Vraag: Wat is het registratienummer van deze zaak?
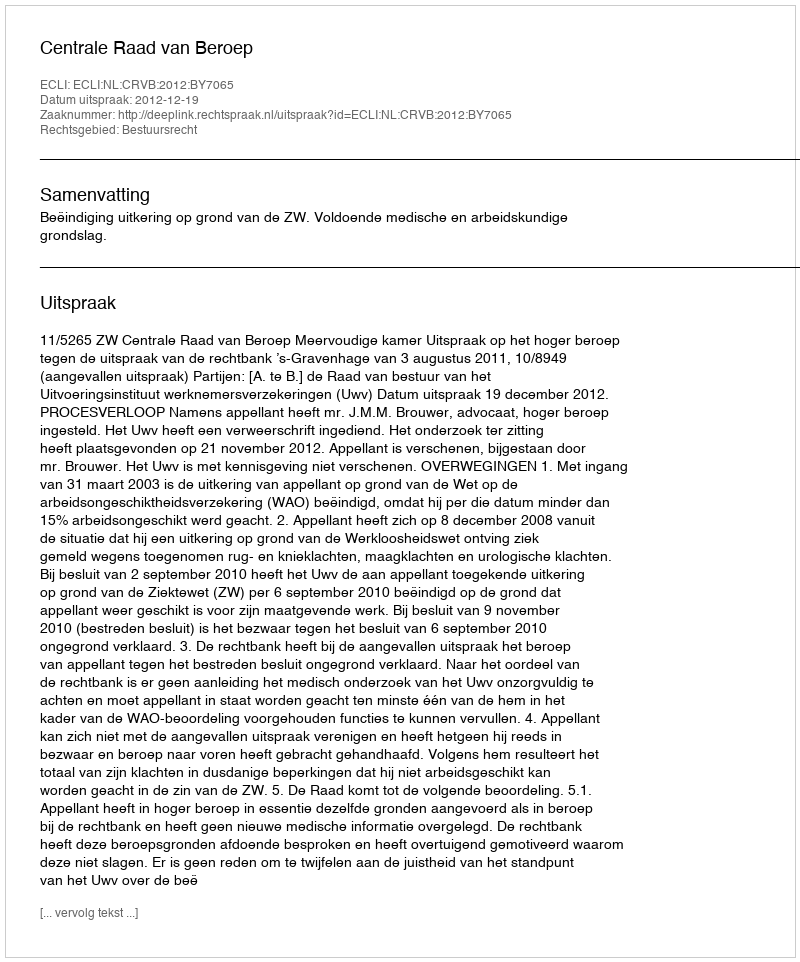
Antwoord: http://deeplink.rechtspraak.nl/uitspraak?id=ECLI:NL:CRVB:2012:BY7065